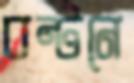
বন্টনে